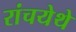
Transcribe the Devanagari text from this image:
रांचयेथे